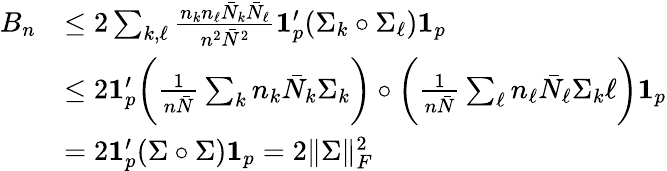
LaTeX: \begin{array}{rl}{B_{n}}&{\leq 2\sum_{k,\ell}\frac{n_{k}n_{\ell}\bar{N}_{k}\bar{N}_{\ell}}{n^{2}\bar{N}^{2}}{\mathbf 1}_{p}^{\prime}(\Sigma_{k}\circ\Sigma_{\ell}){\mathbf 1}_{p}}\\ &{\leq 2{\mathbf 1}_{p}^{\prime}\bigg(\frac{1}{n\bar{N}}\sum_{k}n_{k}\bar{N}_{k}\Sigma_{k}\bigg)\circ\bigg(\frac{1}{n\bar{N}}\sum_{\ell}n_{\ell}\bar{N}_{\ell}\Sigma_{k}\ell\bigg){\mathbf 1}_{p}}\\ &{=2{\mathbf 1}_{p}^{\prime}(\Sigma\circ\Sigma){\mathbf 1}_{p}=2\| \Sigma\| _{F}^{2}}\end{array}